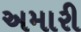
અમારી